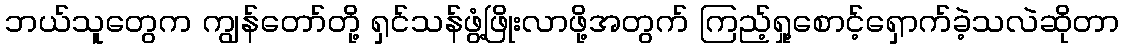
ဘယ်သူတွေက ကျွန်တော်တို့ ရှင်သန်ဖွံ့ဖြိုးလာဖို့အတွက် ကြည့်ရှု့စောင့်ရှောက်ခဲ့သလဲဆိုတာ